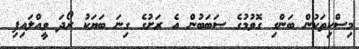
މިސްކިތަކުން ބަންގި ގޮވުމުގެ ސަބަބުން އެ ރަށުގެ ގިނަ ބަޔަކު ރޯދަ ވީއްލައިފި